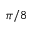
\pi / 8